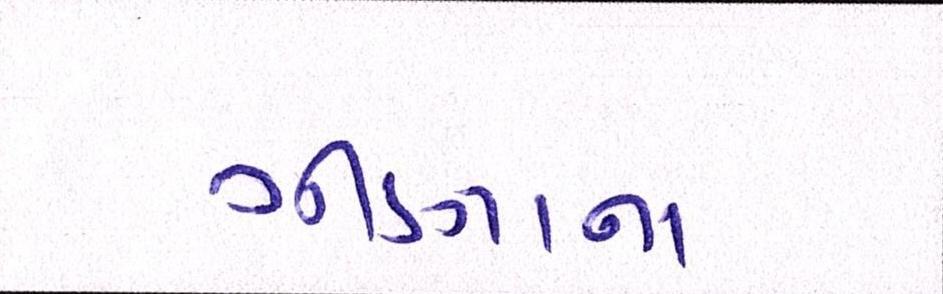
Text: ઝીણાના